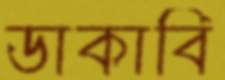
ডাকাবি